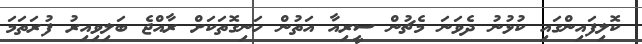
ކޮލިފައިންގައި ކުޅުނު ދެވަނަ މެޗުން ސީރިއާ އަތުން ހަނިގޮތަކަށް ރާއްޖެ ބަލިވިއިރު ފުރަތަމަ